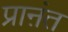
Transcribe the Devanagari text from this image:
प्राऩंत